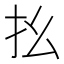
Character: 𢩼